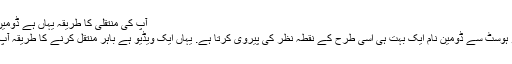
آپ کی منتقلی کا طریقہ یہاں ہے ڈومین کا نام بلیو ہسٹ.
آپ کی منتقلی بلیو ہوسٹ سے ڈومین نام ایک بہت ہی اسی طرح کے نقطہ نظر کی پیروی کرتا ہے. یہاں ایک ویڈیو ہے باہر منتقل کرنے کا طریقہ آپ کو دکھا رہا ہے۔